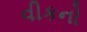
વીકનો